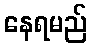
နေရမည်